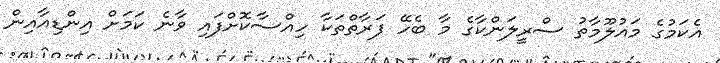
އެކަމުގެ މައުލޫމާތު ސްރީލަންކާގެ މާ ބެހޭ ފަރާތްތަކާ ހިއްސާކޮށްފައި ވާނެ ކަމަށް އިންޑިއާއިން